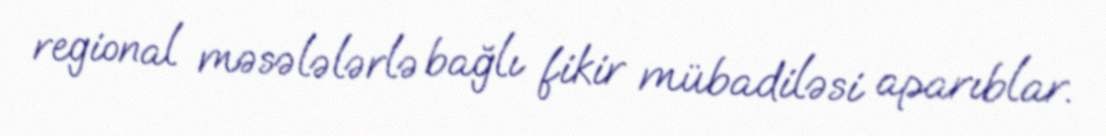
regional məsələlərlə bağlı fikir mübadiləsi aparıblar.